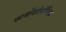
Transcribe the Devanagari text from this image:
फार्मोकोलॉजिक